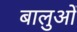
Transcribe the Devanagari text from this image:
बालुओं